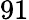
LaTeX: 91